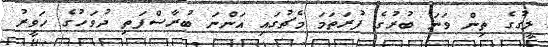
ލީގުގެ ތިން ވަނަ ބުރުގެ ފުރަތަމަ މެޗުގައި އަންނަ ބުރާސްފަތި ދުވަހުގެ ހަވީރު